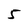
Character: 5